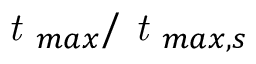
\textit { t } _ { m a x } / \textit { t } _ { m a x , s }